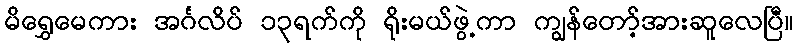
မိရွှေမေကား အင်္ဂလိပ် ၁၃ရက်ကို ရိုးမယ်ဖွဲ့ကာ ကျွန်တော့်အားဆူလေပြီ။